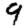
Digit: 9